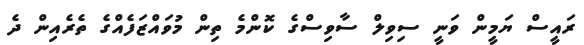
ރައީސް ޔަމީން ވަނީ ސިވިލް ސާވިސްގެ ކޮންމެ ތިން މުވައްޒަފެއްގެ ތެރެއިން ދެ